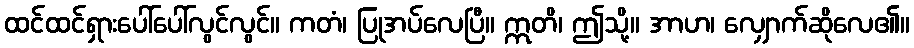
ထင်ထင်ရှားပေါ်ပေါ်လွင်လွင်။ ကတံ၊ ပြုအပ်လေပြီ။ ဣတိ၊ ဤသို့။ အာဟ၊ လျှောက်ဆိုလေ၏။